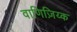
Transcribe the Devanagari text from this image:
वाणिज़िय्क